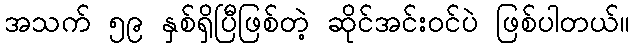
အသက် ၅၉ နှစ်ရှိပြီဖြစ်တဲ့ ဆိုင်အင်းဝင်ပဲ ဖြစ်ပါတယ်။